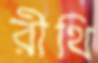
রীথি